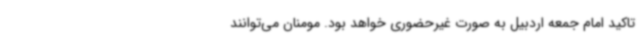
تاکید امام جمعه اردبیل به صورت غیرحضوری خواهد بود. مومنان می‌توانند